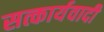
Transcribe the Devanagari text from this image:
सत्कार्यवादी